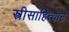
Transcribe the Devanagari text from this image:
स्त्रीसाहित्याने